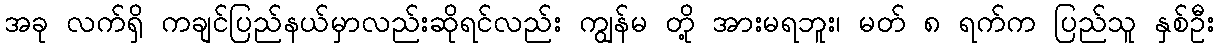
အခု လက်ရှိ ကချင်ပြည်နယ်မှာလည်းဆိုရင်လည်း ကျွန်မ တို့ အားမရဘူး၊ မတ် ၈ ရက်က ပြည်သူ နှစ်ဦး